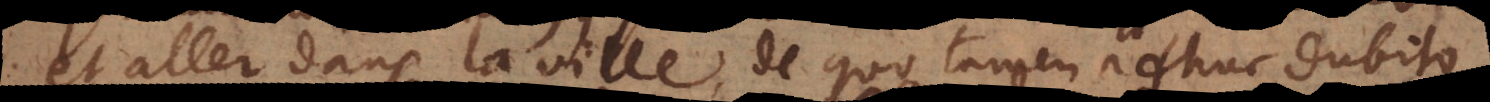
et aller dans la ville, de quo tamen adhuc dubito